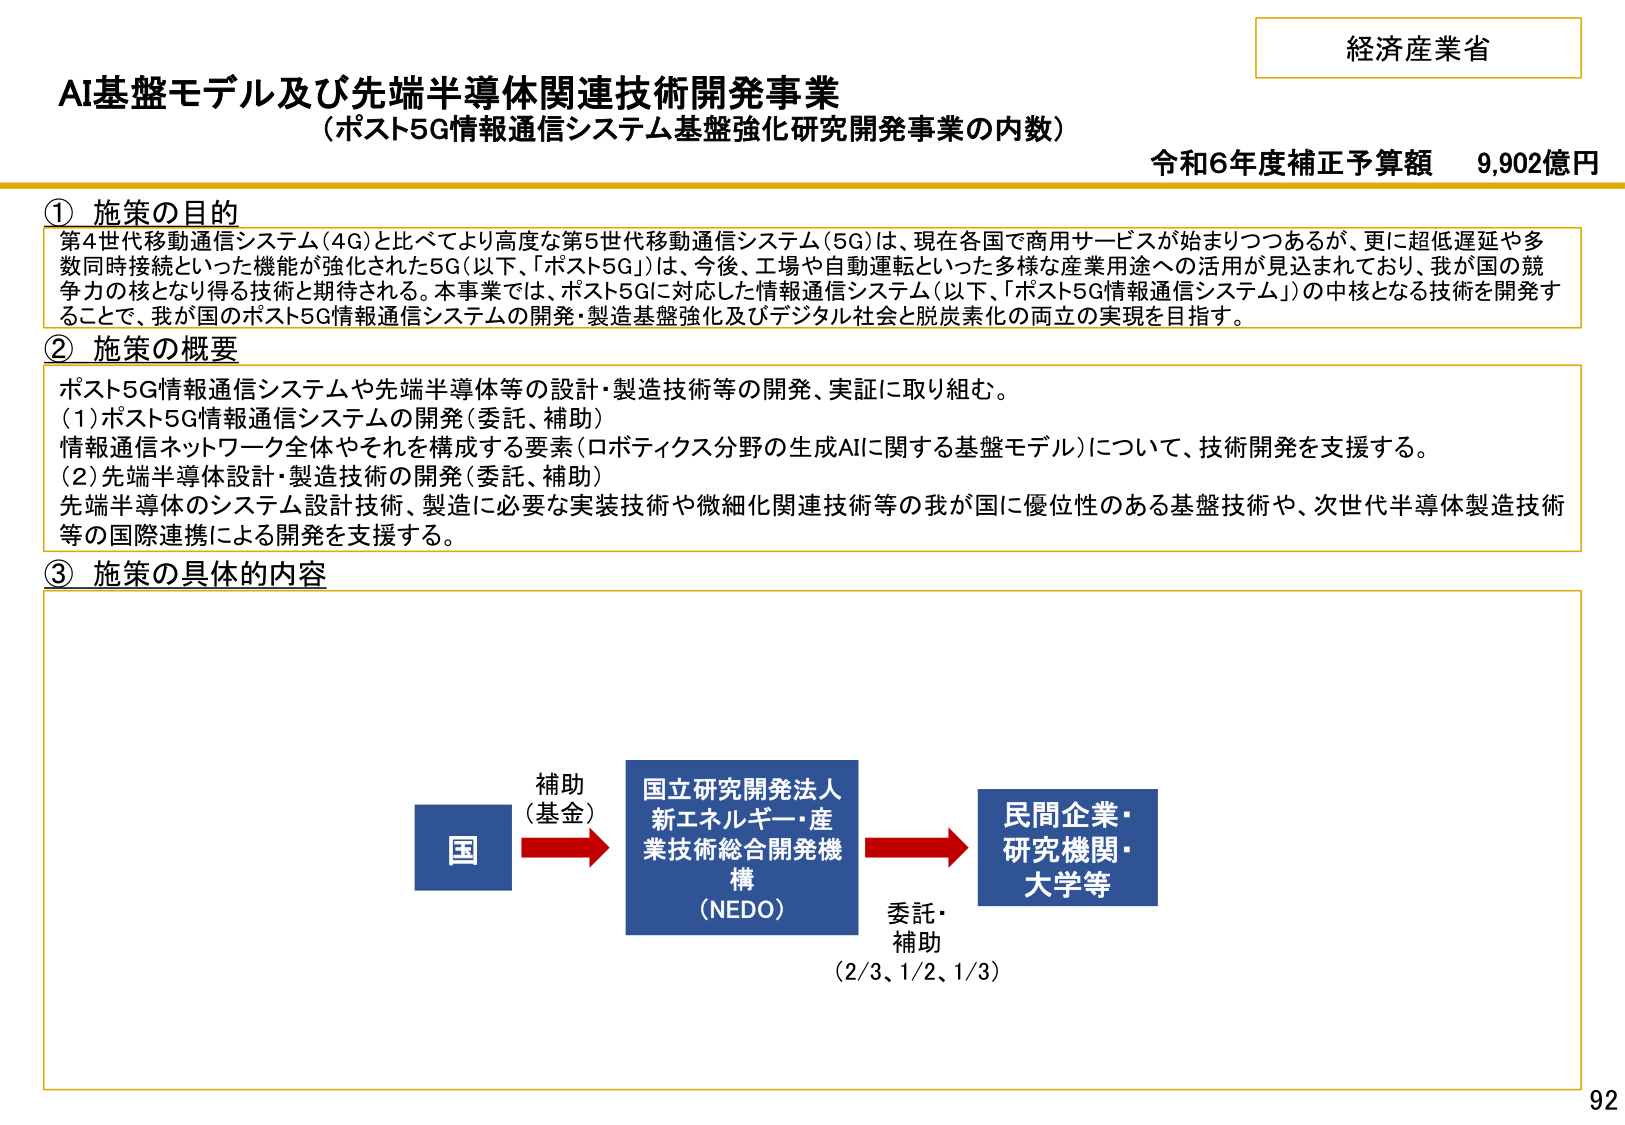
経済産業省
AI基盤モデル及び先端半導体関連技術開発事業
（ポスト5G情報通信システム基盤強化研究開発事業の内数）
令和6年度補正予算額 9,902億円

① 施策の目的
第4世代移動通信システム（4G）と比べてより高度な第5世代移動通信システム（5G）は、現在各国で商用サービスが始まりつつあるが、更に超低遅延や多数同時接続といった機能が強化された5G（以下、「ポスト5G」）は、今後、工場や自動運転といった多様な産業用途への活用が見込まれており、我が国の競争力の核となり得る技術と期待される。本事業では、ポスト5Gに対応した情報通信システム（以下、「ポスト5G情報通信システム」）の中核となる技術を開発することで、我が国のポスト5G情報通信システムの開発・製造基盤強化及びデジタル社会と脱炭素化の両立の実現を目指す。

② 施策の概要
ポスト5G情報通信システムや先端半導体等の設計・製造技術等の開発、実証に取り組む。
（1）ポスト5G情報通信システムの開発（委託、補助）
情報通信ネットワーク全体やそれを構成する要素（ロボティクス分野の生成AIに関する基盤モデル）について、技術開発を支援する。
（2）先端半導体設計・製造技術の開発（委託、補助）
先端半導体のシステム設計技術、製造に必要な実装技術や微細化関連技術等の我が国に優位性のある基盤技術や、次世代半導体製造技術等の国際連携による開発を支援する。

③ 施策の具体的な内容
国 → 補助（基金） → 国立研究開発法人 新エネルギー・産業技術総合開発機構（NEDO） → 委託・補助（2/3、1/2、1/3） → 民間企業・研究機関・大学等

92